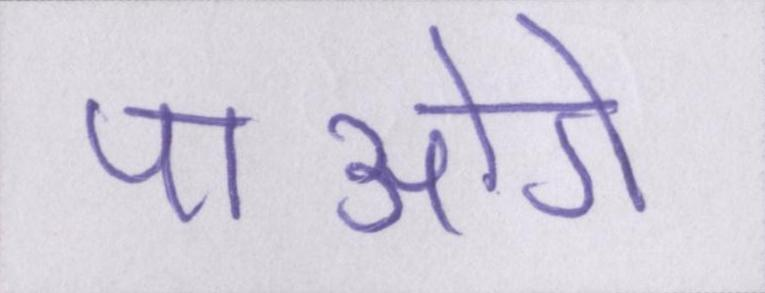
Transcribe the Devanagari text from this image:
पाओगे